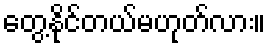
တွေ့နိုင်တယ်မဟုတ်လား။